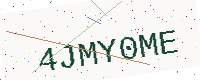
Text: 4JMY0ME